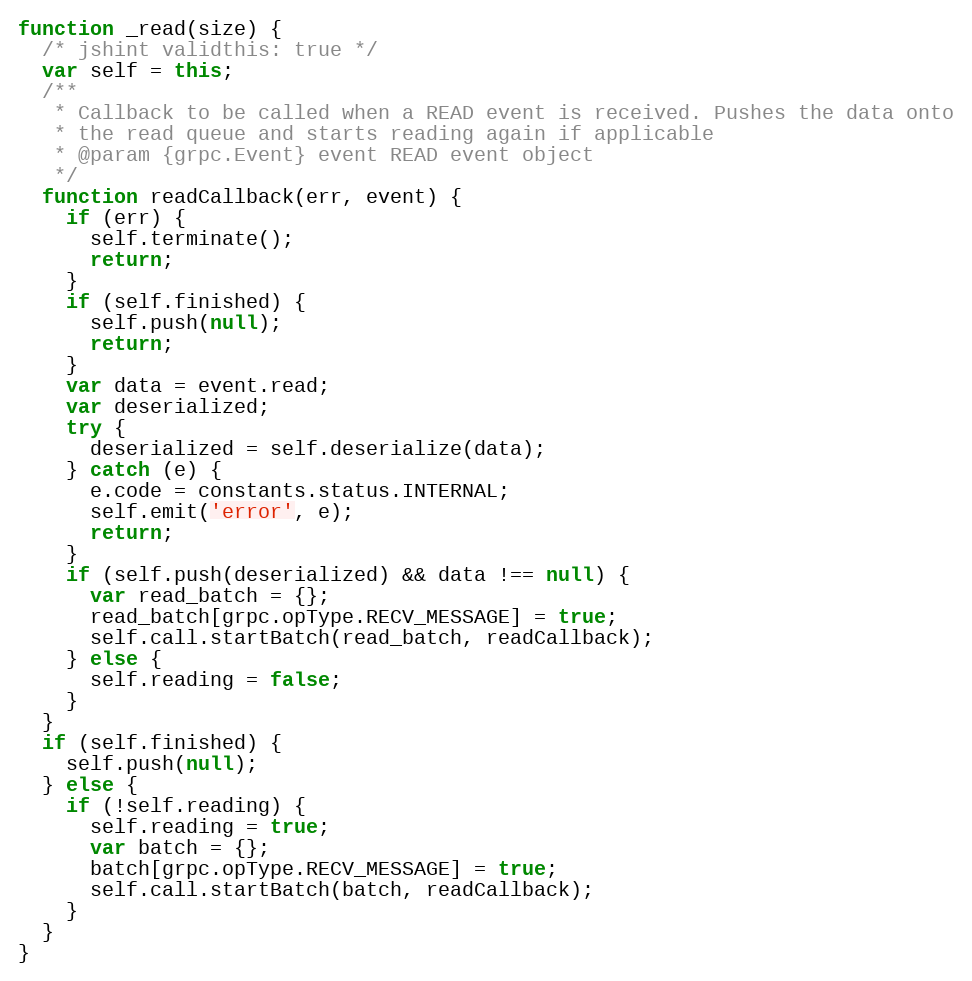
Language: JavaScript
function _read(size) {
  /* jshint validthis: true */
  var self = this;
  /**
   * Callback to be called when a READ event is received. Pushes the data onto
   * the read queue and starts reading again if applicable
   * @param {grpc.Event} event READ event object
   */
  function readCallback(err, event) {
    if (err) {
      self.terminate();
      return;
    }
    if (self.finished) {
      self.push(null);
      return;
    }
    var data = event.read;
    var deserialized;
    try {
      deserialized = self.deserialize(data);
    } catch (e) {
      e.code = constants.status.INTERNAL;
      self.emit('error', e);
      return;
    }
    if (self.push(deserialized) && data !== null) {
      var read_batch = {};
      read_batch[grpc.opType.RECV_MESSAGE] = true;
      self.call.startBatch(read_batch, readCallback);
    } else {
      self.reading = false;
    }
  }
  if (self.finished) {
    self.push(null);
  } else {
    if (!self.reading) {
      self.reading = true;
      var batch = {};
      batch[grpc.opType.RECV_MESSAGE] = true;
      self.call.startBatch(batch, readCallback);
    }
  }
}